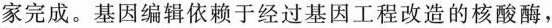
家完成。基因编辑依赖于经过基因工程改造的核酸酶，